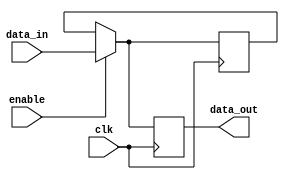
module DisableBlock (
    input wire clk,               // Clock signal
    input wire enable,            // Control signal to enable/disable the block
    input wire [N-1:0] data_in,   // Input data (N bits wide)
    output reg [N-1:0] data_out   // Output data (N bits wide)
);
    parameter N = 8;              // Parameter for data width

    // Internal state to hold the last valid output
    reg [N-1:0] last_valid_output;

    always @(posedge clk) begin
        if (enable) begin
            // When enabled, process the input data
            data_out <= data_in;
            last_valid_output <= data_in; // Store the last valid output
        end else begin
            // When disabled, hold the last valid output
            data_out <= last_valid_output; // Maintain stable output
        end
    end

endmodule